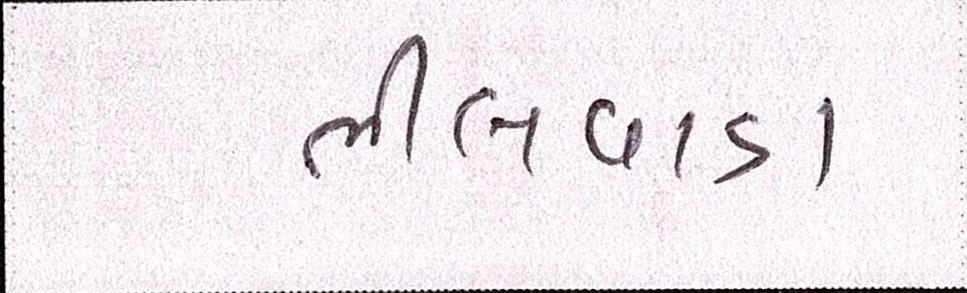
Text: ભીલવાડા